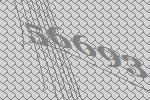
56693